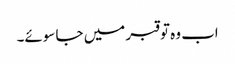
اب وہ تو قبر میں جا سوئے۔